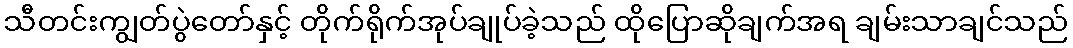
သီတင်းကျွတ်ပွဲတော်နှင့် တိုက်ရိုက်အုပ်ချုပ်ခဲ့သည် ထိုပြောဆိုချက်အရ ချမ်းသာချင်သည်